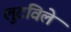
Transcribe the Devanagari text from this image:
लुटविले